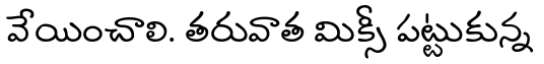
వేయించాలి. తరువాత మిక్సీ పట్టుకున్న